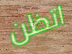
اتظن